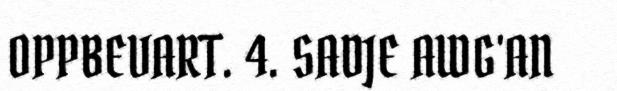
OPPBEVART. 4. SADJE AWG'AN